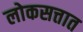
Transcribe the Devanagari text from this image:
लोकसत्तात